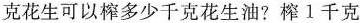
克花生可以榨多少千克花生油？榨1千克